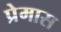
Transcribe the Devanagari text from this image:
प्रेमास